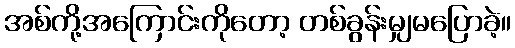
အစ်ကို့အကြောင်းကိုတော့ တစ်ခွန်းမျှမပြောခဲ့။